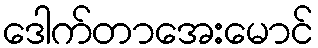
ဒေါက်တာအေးမောင်